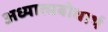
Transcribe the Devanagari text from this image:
अध्यात्मबोधार्थ